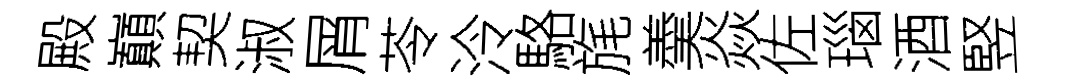
殿巔契淑屑苓泠駱旄羮焱佐瑙酒竪